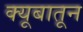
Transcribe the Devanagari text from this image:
क्यूबातून